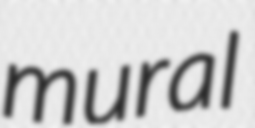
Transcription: mural